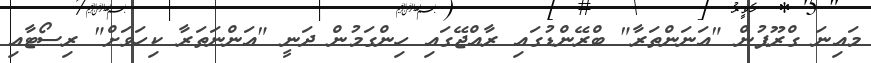
މައިނަ ގްރޫޕުން "އަނަންތަރާ" ބްރޭންޑުގައި ރާއްޖޭގައި ހިންގަމުން ދަނީ "އަންނަތަރާ ކިހަވަށް" ރިސޯޓާއި